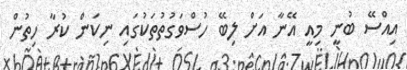
އިއްސޭ ބުނީ މިއީ އޭނާ އަށް ލިބޭ ހުސްވަގުތުތަކުގައި ނިކަން ކުރާ ހިތުން